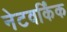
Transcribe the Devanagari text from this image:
नेटवर्किंक